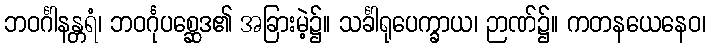
ဘဝင်္ဂါနန္တရံ၊ ဘဝင်္ဂုပစ္ဆေဒ၏ အခြားမဲ့၌။ သင်္ခါရုပေက္ခာယ၊ ဉာဏ်၌။ ကတနယေနေဝ၊